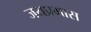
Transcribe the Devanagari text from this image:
जयप्रभास